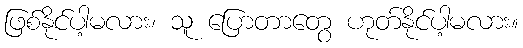
ဖြစ်နိုင်ပါ့မလား၊ သူ ပြောတာတွေ ဟုတ်နိုင်ပါ့မလား။